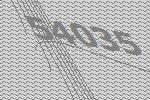
54035